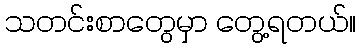
သတင်းစာတွေမှာ တွေ့ရတယ်။